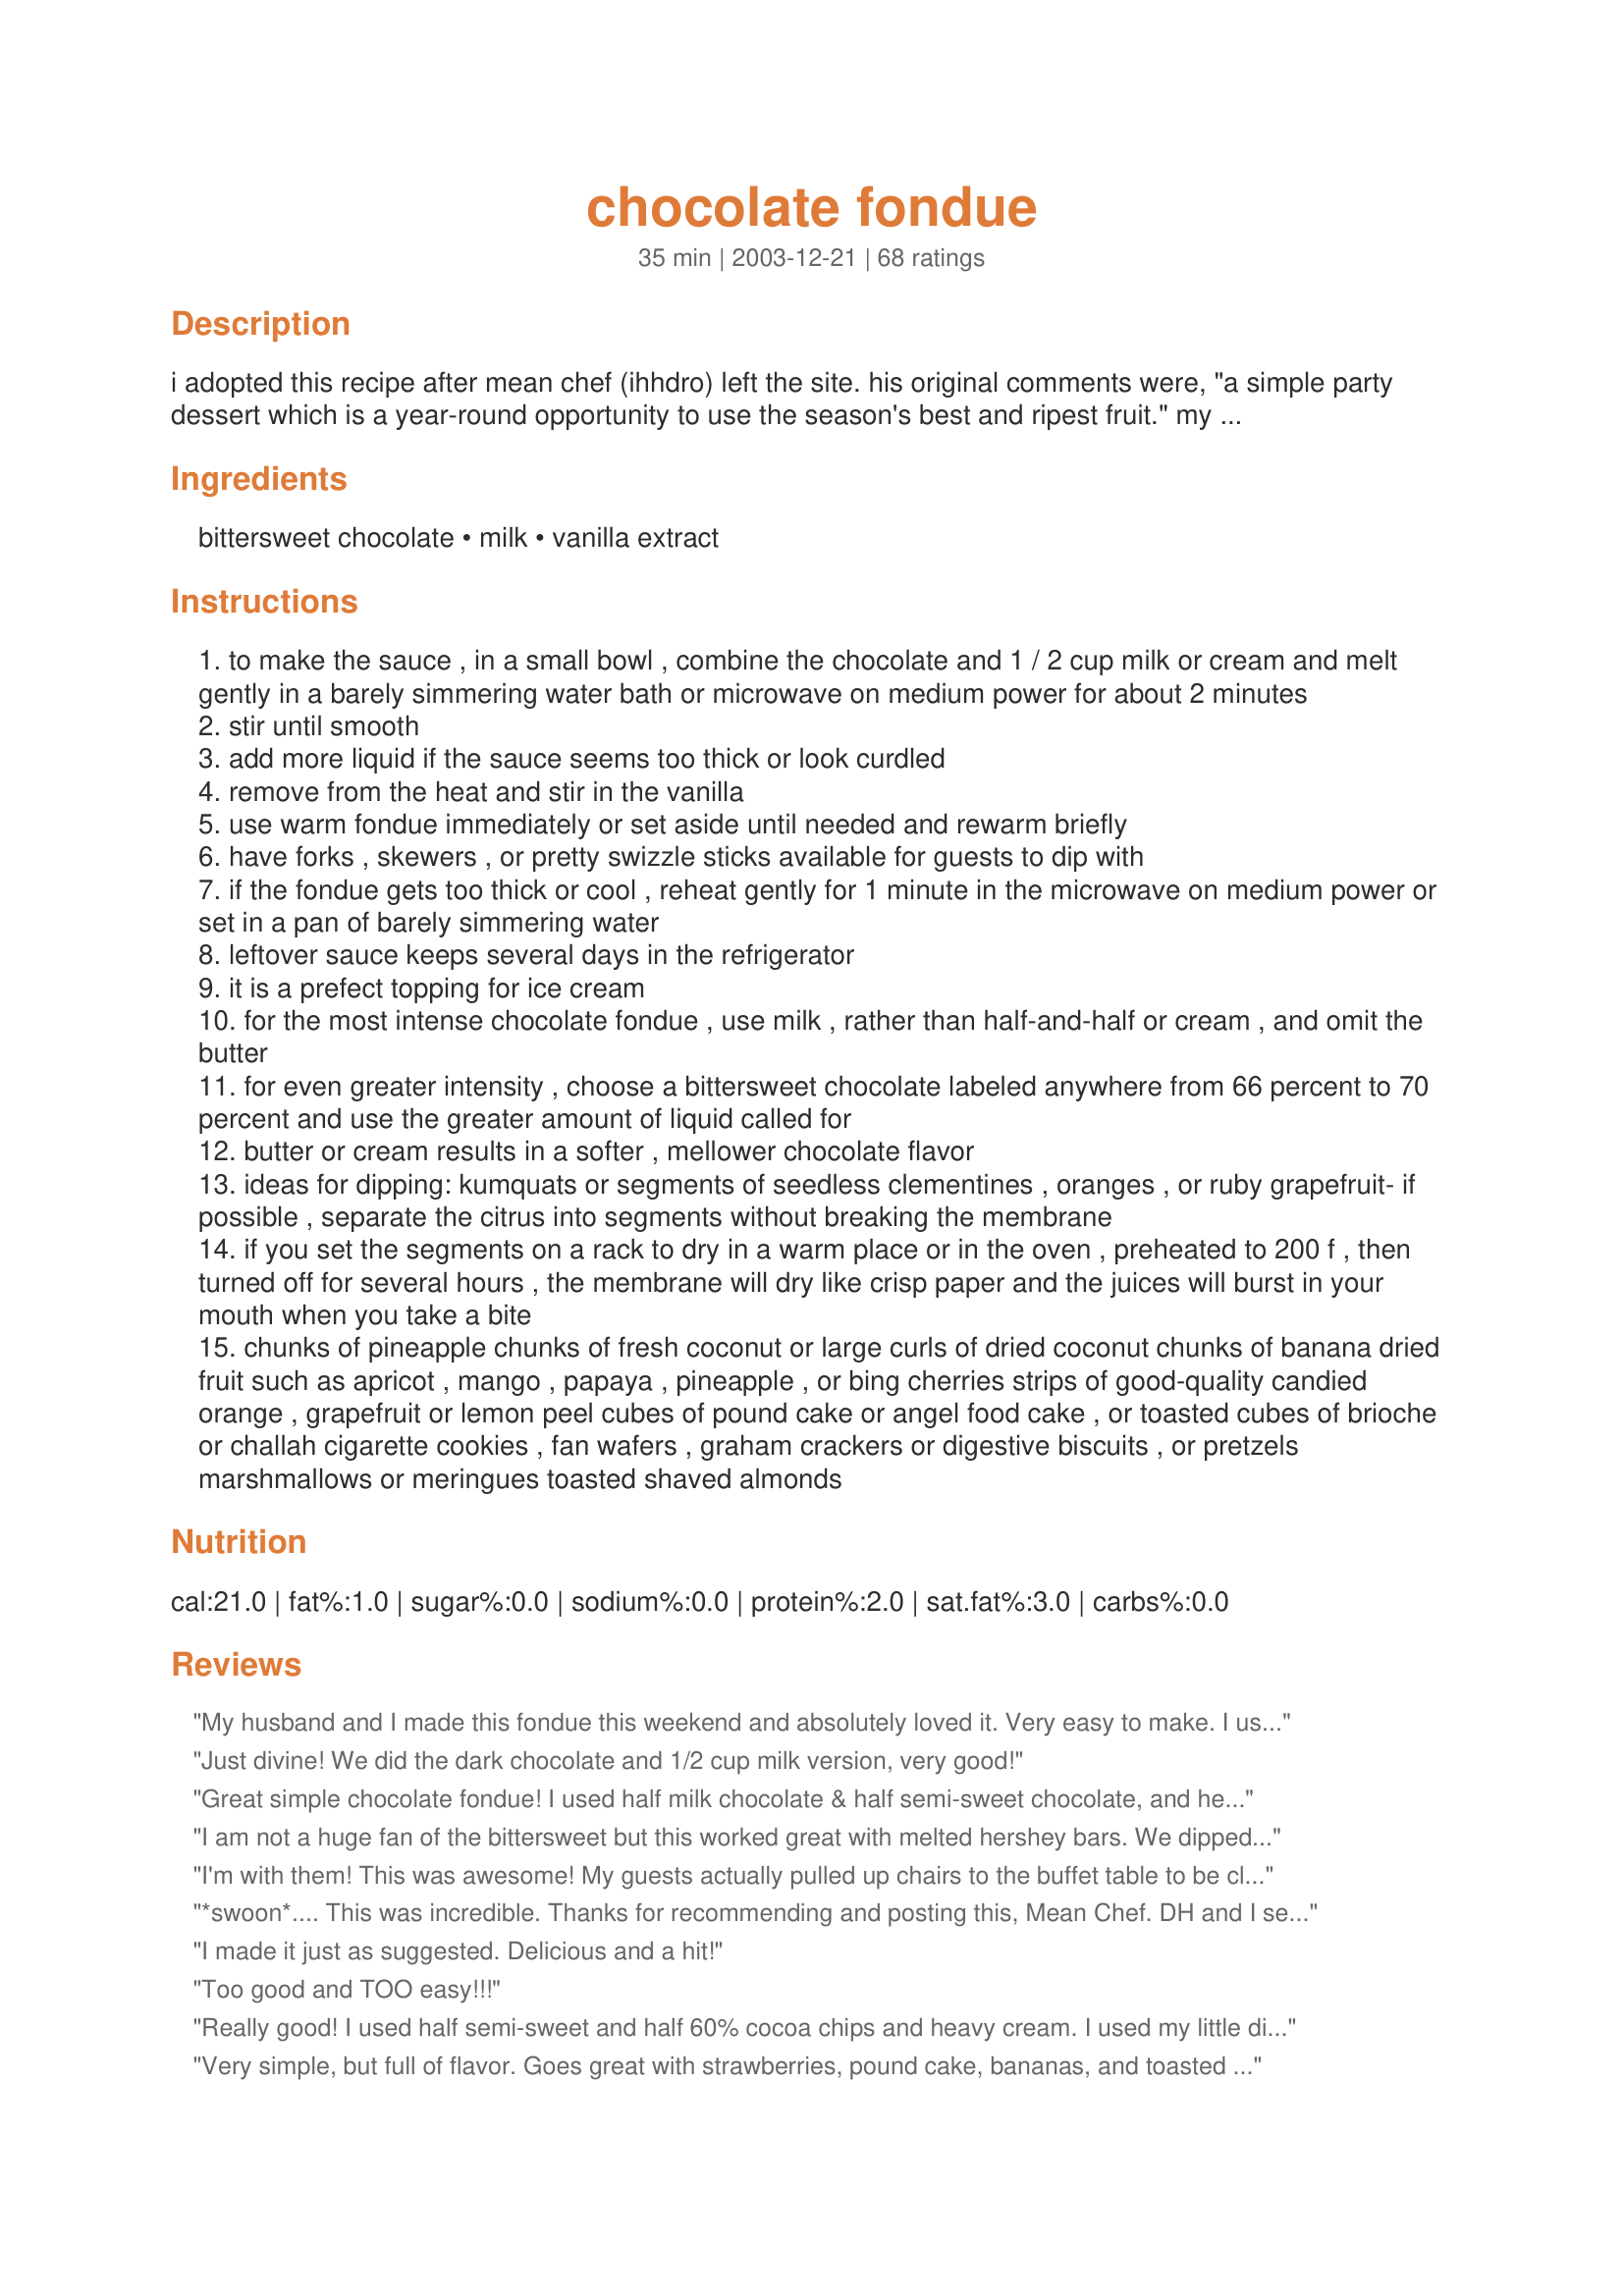
chocolate fondue
Preparation time: 35 minutes

i adopted this recipe after mean chef (ihhdro) left the site. his original comments were, "a simple party dessert which is a year-round opportunity to use the season's best and ripest fruit." my comments submitted as a review when i first tried it were, "excellent chocolate fondue. i cut the recipe in half and prepared it with ghirardelli semi-sweet chocolate and heavy cream. hubby and i ate an entire pound of strawberries dipped in this luxury while watching movies tonight." i have made this many times since for just hubby and i, and for guests. it is a very good chocolate fondue.

Ingredients:
bittersweet chocolate, milk, vanilla extract

Steps:
to make the sauce , in a small bowl , combine the chocolate and 1 / 2 cup milk or cream and melt gently in a barely simmering water bath or microwave on medium power for about 2 minutes
stir until smooth
add more liquid if the sauce seems too thick or look curdled
remove from the heat and stir in the vanilla
use warm fondue immediately or set aside until needed and rewarm briefly
have forks , skewers , or pretty swizzle sticks available for guests to dip with
if the fondue gets too thick or cool , reheat gently for 1 minute in the microwave on medium power or set in a pan of barely simmering water
leftover sauce keeps several days in the refrigerator
it is a prefect topping for ice cream
for the most intense chocolate fondue , use milk , rather than half-and-half or cream , and omit the butter
for even greater intensity , choose a bittersweet chocolate labeled anywhere from 66 percent to 70 percent and use the greater amount of liquid called for
butter or cream results in a softer , mellower chocolate flavor
ideas for dipping: kumquats or segments of seedless clementines , oranges , or ruby grapefruit- if possible , separate the citrus into segments without breaking the membrane
if you set the segments on a rack to dry in a warm place or in the oven , preheated to 200 f , then turned off for several hours , the membrane will dry like crisp paper and the juices will burst in your mouth when you take a bite
chunks of pineapple chunks of fresh coconut or large curls of dried coconut chunks of banana dried fruit such as apricot , mango , papaya , pineapple , or bing cherries strips of good-quality candied orange , grapefruit or lemon peel cubes of pound cake or angel food cake , or toasted cubes of brioche or challah cigarette cookies , fan wafers , graham crackers or digestive biscuits , or pretzels marshmallows or meringues toasted shaved almonds

Reviews:
My husband and I made this fondue this weekend and absolutely loved it. Very easy to make. I used 5 oz bittersweet chocolate and 5 oz semisweet chocolate. I too let the leftovers harden overnight and made truffles in the morning. Thanks for the wonderful recipe. Will definately make again!!!
Just divine! We did the dark chocolate and 1/2 cup milk version, very good!
Great simple chocolate fondue! I used half milk chocolate & half semi-sweet chocolate, and heavy cream. This melted great in my fondue pot and we served it with strawberries, bananas, pound cake, & cheesecake.. Actually I put the leftover chocolate into a bowl and was able to re-fondue it the next day and it was still great! It's heavenly with strawberries!
I am not a huge fan of the bittersweet but this worked great with melted hershey bars. We dipped marshmallows and then put them in between graham crackers for instant smores. Oh and this was very easy to do. Makes a perfect party dessert.
I'm with them! This was awesome! My guests actually pulled up chairs to the buffet table to be closer to this fantastic fondue.
Thanks for another winner, Mean Chef!
*swoon*....
This was incredible. Thanks for recommending and posting this, Mean Chef. DH and I served this as dessert to Bethany's (aka Kis My Tiara's) Hot Crab Fondue. I used bittersweet Ghirardelli chocolate (the best I could do in this town) and just about 1/2 cup of 1& milk. It did produce a very intense chocolate flavor--I dont' think I'd use semisweet. We had it with fresh ripe strawberries. A lovely sensual dessert.
I made it just as suggested. Delicious and a hit!
Too good and TOO easy!!!
Really good! I used half semi-sweet and half 60% cocoa chips and heavy cream. I used my little dipper mini crockpot and served with angelfood cubes, strawberries and bananas. Everyone raved! This is a simple and cheap, yet elegant dessert for a large crowd. Thanks!
Very simple, but full of flavor. Goes great with strawberries, pound cake, bananas, and toasted coconut marshmallows. Keeps well on warm. Will make this again!
I made this one night and we had Fun! This is a perfect consistency and we dipped pretzels, strawberries, bannanas and angel food cake. I will definetely recommend this!
This was the "dessert" portion of our fondue dinner and was really good and really easy to make. It's a bit strong for my tastes so next time I'll use half milk chocolate and half of the bittersweet chocolate. Or maybe more cream... Thanks for posting.
Wow this was soooo good! Had a 'girl's night' tonight and made this. I served it with cheesecake bites, strawberries, bananas, and graham crackers. A huge hit! Thanks!
Yummers! I like this recipe because I almost always have the ingredients in the cupboard - no marshmallow creme or whipping cream needed. I halved the recipe and used bittersweet choc/semisweet choc, skim milk, and vanilla. It put the ingredients into my tiny slow cooker and the fondue was ready in 25 min or so. We ate it with banana chunks, strawberries, graham cracker sticks, pretzels, and marshmallows. My girls loved it.
So easy to make and tasty too.
Perfect for a first time party with my new neighbors. I made it ahead of time and then rewarmed it to serve. Perfect.
My kids love this recipe! They can't stop eating the skewed marshmallows, fruits even the finger juncfoods. they were dancing and jumping because of excitement. My eldest son said, I'm very happy coz it's very delicious! Surely, I will bring this one for my kids Christmas potluck! Thanks a lot!
This review comes from someone who has made a LOT of bad chocolate fondue. Honestly, I can mess up any chocolate fondue recipe. WELL. This was the best ever. USed 1/2 and 1/2 and the butter. Really awesome taste, not too sweet. Used the simmer over the hot water method and it melted up nicely, everything incorporated and I ended up with a lovely pot of glossy, smooth, warm and beautiful goodness. Served with strawberry chunks and pieces of pound cake. Made on Valentine's Day - what a nice treat. So happy! Will use this recipe exclusively. Thanks a million!
DELICIOUS! EASY! CHEAP! I've used chocolate meant for fondue melting, and it always got too hot and clumped or burned. This recipe is the PERFECT chocolate fondue. YUM.
Excellent Fondue!! I halved the recipe and used 5 oz Lindt 70 percent dark chocolate and 1/4 cup milk and about a tsp of cream. It was an excellent fondue that I served with strawberries! Thanks for the recipe!!
Came looking for this again, and realized I hadn't reviewed it! Wonderful, and easy. Mean was awesome.
Great recipe. I especially appreciated the explainations about how to manipulate the flavor. This time I used a 72% dark Belgium chocolate and thinned with 1% milk. Next time, I think I will try a semi-sweet chocolate with the light cream. I served it with clementines, bing cherries, apples, bananas, and fresh pineapple. Trying to "crisp" the clementines did not work for me, but I forgot to start off with a wire rack, so that was probably the problem as the side of the wedges touching the cookie sheet stayed quite moist. All and all it was still a great success.
I used Lindt dark chocolate 70% cocoa, 1% milk and butter. So easy and so delicious. We dipped pound cake, raspberries, strawberries, bananas and macaroons.
So easy to make. I made this in my brand spankin' new electric fondue pot. I doubled the recipe, used 2% milk and butter and the vanilla and semi-sweet Baker's chocolate. <br/>A hit at our dinner and will be making this a staple of our partied from now on!<br/>Great rich chocolate flavor, could easily add a liquer to this recipe. Lots of possibilities!<br/>We dipped raspberries, kiwi, strawberries, bananas, green apples, tangerines (dried a bit like you suggested), Maria cookies (a not very sweet cookie), and drizzled on cake. Very very good! <br/>Thank you!
Fabulous! I made this fondue when entertaining our family this Christmas. It was a hit! I used 1 lb. of Wilbur mini semi-sweet chocolate chips, 1/2 tsp. vanilla and 3/4 cup of light cream (instead of heavy cream). It was thick and very rich. We dipped pretzels, marshmallows, rolled pizzelle waffle cookies, cubes of pound cake, strawberries, pineapples and clementine wedges. I recommend semi-sweet chocolate over milk or bittersweet chocolate. Semi-sweet works perfectly with the sweeter dipping treats like marshmellows. I am making this again in 3 weeks for my Girls-Night-In party. Yum! Helpful Hint: After serving, keep stirring the fondue on a regular basis. Even when using a tealight candle, it may burn into a clump at the bottom of your warming bowl.
I made this tonight for dessert. I used semi-sweet chips after reading some of the other reviews. We had raisins, Oreos, bananas, strawberries, pretzels, plain donuts and marshmallows to dip in the chocolate. And I had a little bowl of unsweetened coconut to dip the chocolate covered whatever in. My family loved it. They want to have it for breakfast!
Yummmmm! And, super easy! I used Ghirardelli milk chocolate and heavy cream. This is a recipe that I will use again and pass along to anyone that asks for it. Thank you for sharing.
Made this for a luncheon I catered and the ladies loved it! I tried a little taste myself and it was so smooth and creamy. Just heavenly! I dipped strawberries, pound cake, and strawberry flavored marshmallows in it. The marshmallows were my favorite :) Thanks for posting! Will be making this again!
Mean, This was the most devine chocolate fondue that I have ever let touch my lips. I served it with dried Minneolas, fresh pineapple, grapes, strawberries, bannanas and homemade marshmallows, and I made it with the lesser amount of whole milk. Next time, I will go out of my way to use Valrona(sp?) or SharffenBerger(sp?), and may experiment with a liquor.
Kudos for this one!
I made this recipe for our Valentine's dessert. It was delish!! I used some German and dark chocolate because that is what I had. I also added some Amaretto. YUM!!! MEAN, I love the suggestions you added to your recipe. I dipped some clementines in the chocolate and boy was it good. I love the combination of orange and chocolate. I never would have given clementines a thought to dip in chocolate. Thanks for a great recipe and all the suggestions that went with it!
I used a 72% "Pound Plus" bar from Trader Joes, and more than 3/4 cup cream. It curdled a bit in the fondue pot, but the flavor was good. I'm tempted to stir in some orange liqueur next time. Served with strawberries, bananas, pineapple, pound cake, and frozen cheesecake. Yum.
This was fabulous! We had two pots for Thanksgiving dessert and everyone just loved it! We used bittersweet Ghiradelli for one pot; the other started as Ghiradelli white chocolate. Unfortunately, that one was very thin, so we ended up putting most of a bag of milk chocolate in it to thicken it up some. Either way, it was terrific and my SIL described it as a "liquid candy bar". Definitely will make again!
Oh this was divine! Not much more can be said :) I did, however, prefer the taste of it freshly prepared. Re-heated it just wasn't AS wonderful (still wonderful though!)
We made this on New Years Eve with Ghiradelli dark chocolate and milk and it was wonderful with strawberries (and pretty much anything else we dipped in it). We ended up later adding two bars of milk chocolate to decrease the bitterness, as some people there don't care for dark chocolate.
Quick & Easy! In less than 5 minutes, my daughter and I were in chocolate heaven! I halved this recipe and used heavy cream w/ Ghirardelli Semi-Sweet choc chips and vanilla. Microwave for less than a minute- then stirred till smooth! Dipped w/ Bananas, Strawberries and pretzels- loved the bananas dipped the best!!! Thank you so much! Will definately repeat this again!!!
This was YUMMMMMMYYYY and super easy to make! Used 1 c. semi-sweet and 1/4 c. milk chocolate Ghirardelli chocolate chips with 1/2 c. light cream and 1/2 tsp. vanilla! PERFECT...didn't have to add or change anything, the thickness was "spot on"! Served it with fresh strawberries, bananas, marshmallows and pretzels. Will make this again and again!! Thanks for posting.
Delicious! Perfect consistentcy! Used semisweet & added vanilla. Dipped pretzel sticks, strawberries, bananas, & pound cake. Thanks so much!!
Add us to the list of fans. So easy! Used semi-sweet chocolate chips, as the kids were eating too, and used half-and-half. It was quite thick--next time I'll use the higher amounts of milk (used a medium amount this first go round). A definite winner!
I added peppermint to ours and loved it. I used the electric Velata fondue warmers from http://www.lovefondue.com so didn't have to worry about scorching it with a flame and it kept it at just the right temperature.
Simple and perfect. Used Scharffen Berger bittersweet chocolate and whipping cream, heated in the microwave. For dippers, used biscotti, pound cake cubes, frozen cheesecake cubes, whole strawberries, fresh pineapple chunks, banana, apple slices, marshmallows, vanilla wafers, and honey wheat pretzels. Thanks for sharing!
Super easy and very versatile recipe. We used strawberries for dipping. I dipped Ritz crackers & peanut butter with what I had left over. Then put those in the fridge. Talk about good!! Thanks for the recipe! :)
We made this delicious treat for our New Year's feast dessert. Actually, my 3yo DD made it herself (adult supervision for the flame) stirring the semi-sweet chocolate, milk, and butter to melting in the fondue pot. We helped her with the measuring, and it came out perfectly. Once the chocolate was melted, even at it's lowest flame, the fondue pot kept the chocolate almost at a simmer, so we turned off the flame. We dunked in honey castella cake, fresh strawberries, orange sections, marshmallows, and bananas. The chocolate was the perfect eating temperature and the flavor was excellent. Everyone proclaimed this a winner and must-do again dessert. Thanks for another great recipe!
yep yep yep!!!
Made this for a small New Year's Party last night. It was AMAZING! I am definitely going to use this more often.
Great! I used semi sweet chocolate and cream. For dippers I did toasted pound cake fingers, strawberries, bananas, marshmallows and graham cracker crumbs (marshmallows rolled in the crumbs after dipping for a faux s'more) and pretzels. Everyone really enjoyed it!
WOW! I felt so decadent eating this. I adore dark chocolate and i agree with previous reviewers that the bittersweet is a bit too much. I had to add some sugar because it was so dark. 
Next time I will do all semi sweet.
Thanks for a great recipe!
I made this for our girl's night in spa party. I used milk chocolate (personal preference) and half and half, and it was amazing. I served it with grapes, pineapple chunks, pretzels, oranges, bananas, and strawberries. Delicious- thanks for posting!!
Also made this for my New Year's bash. Turned out great! We dunked aniseed biscotti, melon, fresh pineapple, apple chunks, and bananas. Delicious. I let the left over chocolate harden overnight, then rolled them into balls and coated with chopped nuts, grated chocolate, and icing sugar (to make 3 varieties). Made a fabulous selection of little 'truffles'. Thanks Meanie
This was good for the adults but the chocolate was too strong for the kids. If I make it again I will use some milk chocolate if kids are there.
This was a great end to a nice meal with friends. Very easy and very good ! We had it with pund cake that I thawed from the freezer, strawberries and bananas. Very nice- thanks !!
This is our family's annual Valentine's Day tradition! Simple, delicious and festive!
Delicous! I used semi-sweet chocolate chips and half and half. Cut up strawberries, bananas and pineapple....it was soooo yummy! Served it at a friend's going away party and everyone enjoyed it!
We did this last night and it was yummy, but next time we're going to go with regular milk chocolate. The semi was too bitter for us. We definitely like the idea of whipping cream versus any type of oil to add to the chocolate, though. Thanks for this recipe!! :)
SOOO YUMMY! I used milk chocolate chips and half and half. We dipped pretzels, strawberries, banana slices, and marshmallows in it. It was fantastic, and incredibly easy! My son got a huge kick out of this and now requests it all the time!
Made this tonight. I have an electric fondue pot that I made it in and it turned out delicious. It was super easy too! My kids were in heaven!
I added creamy peanut butter to this recipe. I melted the peanut butter and didn't use unsalted butter. The end result was fantastic and delicious.
Used mostly dark chocolate and some semi-sweet with FF half and half. It was good but no exceptional. I will probably switch up the mix next time.
Loved how simple this recipe was and it tasted great! I used the best chocolate we get here and there were no leftovers! We dipped crystallized ginger, marshmallows, apple, strawberries, graham crackers - all sorts and everything tasted great with it!
The best ever.
Used 1/2 cup of milk with the butter, and got a wonderful rich fondue to serve with pound cake, marshmallows, orange, apple, pear, bananas and strawberries. Could not improve on it at all! Will make again and again. YUM!
All I have to say is YUM!
Excellent and so easy to make! We loved it with Bananas!!! YUM!
 I made this for Valentine's Day, what fun! I used those little melting wafers of chocolate you buy in the bulk food section because I don't like semisweet, and 2% milk with butter. I Cut a hole into a medium sized empty can of ice tea mix and put a votive inside and then sat a small bowl on top, because I don't own a fondue pot. Thank you for the great recipe!
Made this to end a romantic little dinner with my dear sweet husband. We loved every bit of the fondue. We dipped strawberries and pirouette cookies. I used semi sweet chocolate and half and half.
Delicious! We made this for some good friends and it came out FANTASTIC! Served it with strawberries, bananas, pound cake and cheesecake bites. Everyone loved it!
I used the dark choc. you can get around Christmas time (it was on clearance). Had to make it dairy free, so used 1/3 C rice milk plus the margarine. I had to cook in micro for a couple more minutes (on medium), but we didn't have to keep it warm. It stayed soft the whole meal through. Served with bananas, apples and marshmallows. I HATE marshmallows and tried them in this and love it! When I try again, will try all the suggestions from Lori in NC. Yum!
Delicious! I served this for New Year's Eve with fresh strawberries (yes, I was shocked to find fragrant and yummy strawberries in December), banana chunks, fresh pineapple chunks and pound cake chunks. There were no leftovers! Next time I will definitely try the orange segments as well, thanks for the intriguing method of placing them in a warm oven to dry out.
Perfect for a 10-year old birthday party. Accidentally left out the vanilla and was still yummy. Pineapple was the least favorite dipper, and tangerines were the most favorite. Also did marshmallows, graham crackers, kiwi, and bananas. Yum!
